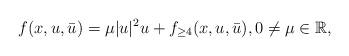
LaTeX: \begin{align*}f(x,u,\bar{u})=\mu|u|^2u+f_{\geq4}(x,u,\bar{u}),0\neq\mu\in\mathbb{R},\end{align*}